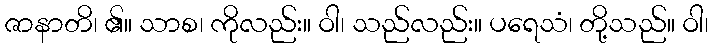
ဇာနာတိ၊ ၏။ သာစ၊ ကိုလည်း။ ဝါ၊ သည်လည်း။ ပရေသံ၊ တို့သည်။ ဝါ၊